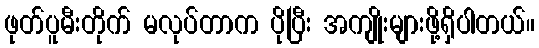
ဖုတ်ပူမီးတိုက် မလုပ်တာက ပိုပြီး အကျိုးများဖို့ရှိပါတယ်။